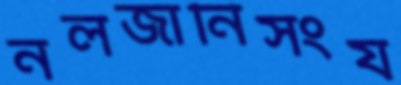
নলজানিসংয